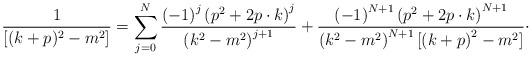
LaTeX: \begin{align*}\frac{1}{[(k+p)^{2}-m^{2}]}=\sum_{j=0}^{N}\frac{\left( -1\right) ^{j}\left(p^{2}+2p\cdot k\right) ^{j}}{\left( k^{2}-m^{2}\right) ^{j+1}}+\frac{\left(-1\right) ^{N+1}\left( p^{2}+2p\cdot k\right) ^{N+1}}{\left(k^{2}-m^{2}\right) ^{N+1}[\left( k+p\right) ^{2}-m^{2}]}\cdot \end{align*}